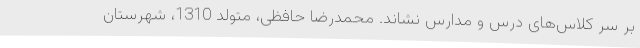
بر سر کلاس‌های درس و مدارس نشاند. محمدرضا حافظی، متولد 1310، شهرستان